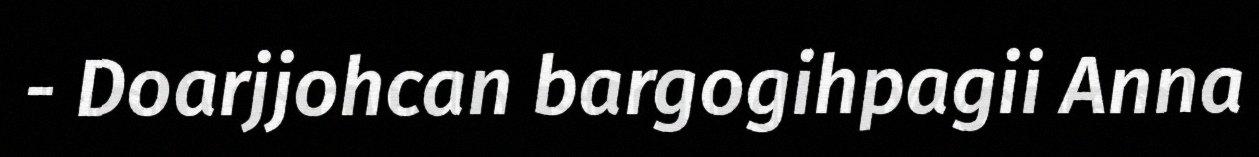
- Doarjjohcan bargogihpagii Anna